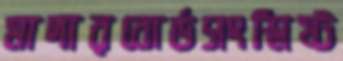
মাদারবোর্ডসংশ্লিষ্ট